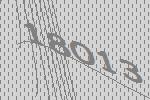
18013